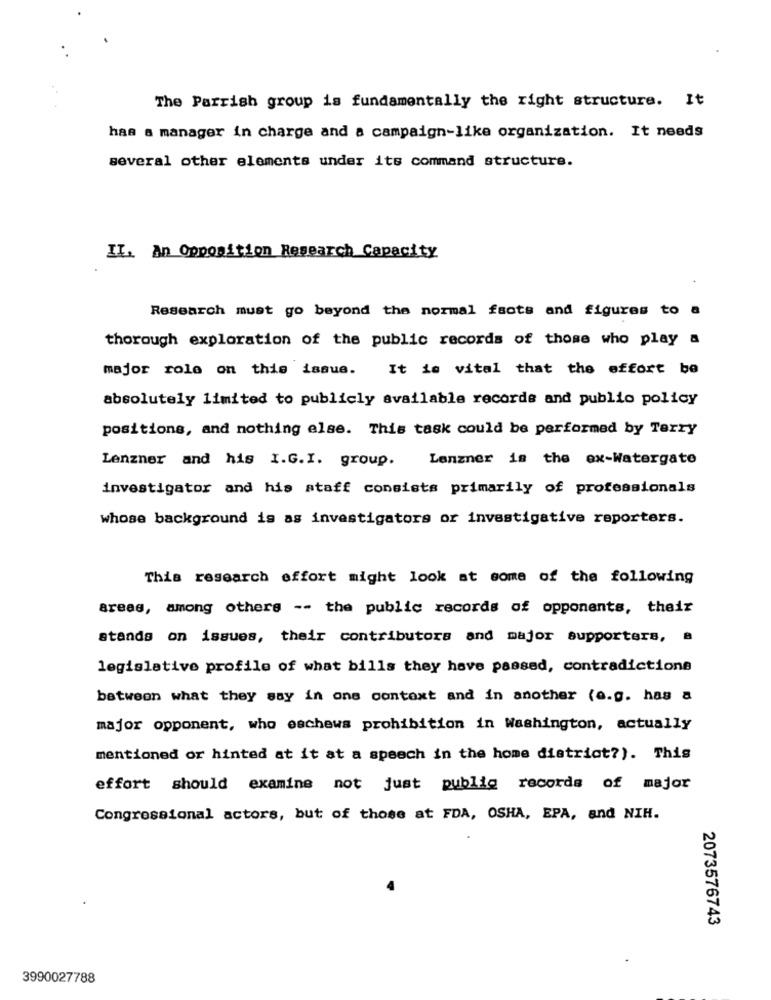
The Parrish group is fundamentally the right structure. It
has a manager in charge and a campaign-like organization. It needs
several other elements under its command structure.
II. An Opposition Research Capacity
Research must go beyond the normal facts and figures to a
thorough exploration of the public records of those who play a
major role on this issue. It is vital that the effort be
absolutely limited to publicly available recorde and public policy
positions, and nothing else. This task could be performed by Terry
Lenzner and his I.G.I. group.
Lenzner is the ex-Watergate
investigator and his staff consists primarily of professionals
whose background is as investigators or investigative reporters.
This research effort might look at some of the following
areas, among others -- the public records of opponents, their
stands on issues, their contributors and major supporters, a
legislative profile of what bills they have passed, contradictione
between what they say in ons context and in another (e.g. has a
major opponent, who eschews prohibition in Washington, actually
mentioned or hinted at it at a speech in the home district?). This
effort should examine not just public records of major
Congressional actors, but of those at FDA, OSHA, EPA, and NIH.
2073576743
3990027788